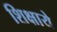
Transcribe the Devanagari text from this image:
शिक्षाये